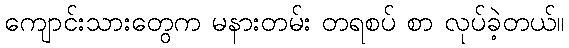
ကျောင်းသားတွေက မနားတမ်း တရစပ် စာ လုပ်ခဲ့တယ်။